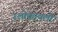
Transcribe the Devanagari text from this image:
श्लोकावली